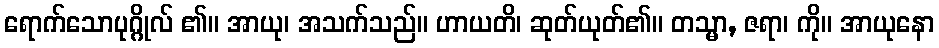
ရောက်သောပုဂ္ဂိုလ် ၏။ အာယု၊ အသက်သည်။ ဟာယတိ၊ ဆုတ်ယုတ်၏။ တသ္မာ, ဇရာ၊ ကို။ အာယုနော